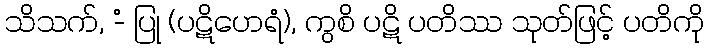
သိသက်, -ံ ပြု (ပဋိဟေရံ), ကွစိ ပဋိ ပတိဿ သုတ်ဖြင့် ပတိကို